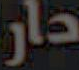
دار